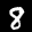
Label: 8